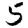
Digit: 5